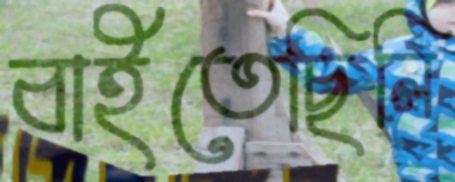
বাইতেছিলি